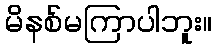
မိနစ်မကြာပါဘူး။